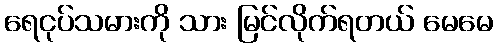
ရေငုပ်သမားကို သား မြင်လိုက်ရတယ် မေမေ